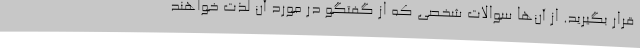
قرار بگیرید. از آن‌ها سوالات شخصی که از گفتگو در مورد آن لذت خواهند